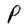
Character: P